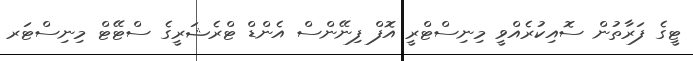
ޓީގެ ފަރާތުން ސޮއިކުރެއްވީ މިނިސްޓްރީ އޮފް ފިނޭންސް އެންޑް ޓްރެޝަރީގެ ސްޓޭޓް މިނިސްޓަރ